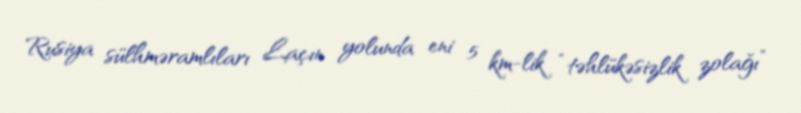
Rusiya sülhməramlıları Laçın yolunda eni 5 km-lik “təhlükəsizlik zolağı”